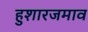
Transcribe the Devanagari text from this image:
हुशारजमाव